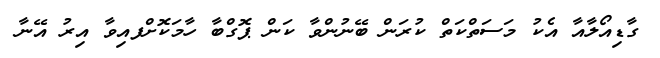
ގާޑިއޯލާއާ އެކު މަސަތްކަތް ކުރަން ބޭނުންވާ ކަން ޕޮގްބާ ހާމަކޮށްފއިވާ އިރު އޭނާ